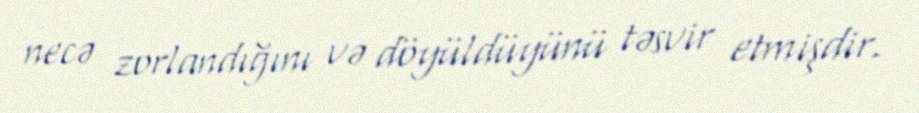
necə zorlandığını və döyüldüyünü təsvir etmişdir.